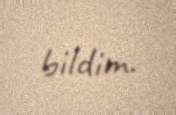
bildim.